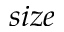
s i z e